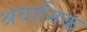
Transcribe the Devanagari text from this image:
श्रवानिक